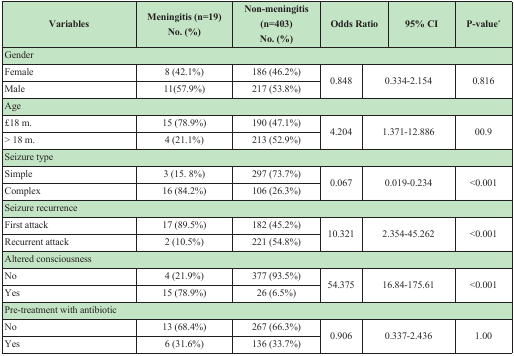
<table><thead><tr><td><b>Variables</b></td><td><b>Meningitis (n=19)No. (%)</b></td><td><b>Non-meningitis (n=403)No. (%)</b></td><td colspan="2"><b>Odds Ratio</b></td><td><b>95% CI</b></td><td><b>P-value<sup>*</sup></b></td></tr><tr><td colspan="7"><b>Gender</b></td></tr></thead><tbody><tr><td>Female</td><td>8 (42.1%)</td><td>186 (46.2%)</td><td rowspan="2">0.848</td><td rowspan="2" colspan="2">0.334-2.154</td><td rowspan="2">0.816</td></tr><tr><td>Male</td><td>11(57.9%)</td><td>217 (53.8%)</td></tr><tr><td colspan="7"><b>Age</b></td></tr><tr><td> 18 m<b>.</b></td><td>15 (78.9%)</td><td>190 (47.1%)</td><td rowspan="2">4.204</td><td rowspan="2" colspan="2">1.371-12.886</td><td rowspan="2">00.9</td></tr><tr><td>&gt; 18 m<b>.</b></td><td>4 (21.1%)</td><td>213 (52.9%)</td></tr><tr><td colspan="7"><b>Seizure type</b></td></tr><tr><td>Simple</td><td>3 (15. 8%)</td><td>297 (73.7%)</td><td rowspan="2">0.067</td><td rowspan="2" colspan="2">0.019-0.234</td><td rowspan="2">&lt;0.001</td></tr><tr><td>Complex</td><td>16 (84.2%)</td><td>106 (26.3%)</td></tr><tr><td><b>Seizure recurrence</b></td><td></td><td></td><td></td><td colspan="2"></td><td></td></tr><tr><td>First attack</td><td>17 (89.5%)</td><td>182 (45.2%)</td><td rowspan="2">10.321</td><td rowspan="2" colspan="2">2.354-45.262</td><td rowspan="2">&lt;0.001</td></tr><tr><td>Recurrent attack</td><td>2 (10.5%)</td><td>221 (54.8%)</td></tr><tr><td colspan="7"><b>Altered consciousness</b></td></tr><tr><td>No</td><td>4 (21.9%)</td><td>377 (93.5%)</td><td rowspan="2">54.375</td><td rowspan="2" colspan="2">16.84-175.61</td><td rowspan="2">&lt;0.001</td></tr><tr><td>Yes</td><td>15 (78.9%)</td><td>26 (6.5%)</td></tr><tr><td colspan="7"><b>Pre-treatment with antibiotic</b></td></tr><tr><td>No</td><td>13 (68.4%)</td><td>267 (66.3%)</td><td rowspan="2">0.906</td><td rowspan="2" colspan="2">0.337-2.436</td><td rowspan="2">1.00</td></tr><tr><td>Yes</td><td>6 (31.6%)</td><td>136 (33.7%)</td></tr></tbody></table>